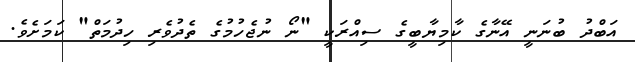
އަބްދު ބުނަނީ އޭނާގެ ކާމިޔާބީގެ ސިއްރަކީ "ނޯ ނުޖެހުމުގެ ތެދުވެރި ހިދުމަތް" ކަމަށެވެ.